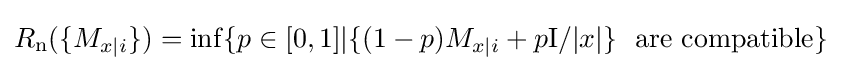
R_{\mathrm {n} }(\{M_{x|i}\})=\inf\{p\in [0,1]|\{(1-p)M_{x|i}+p\mathrm {I} /|x|\}\ \ {\text{are compatible}}\}